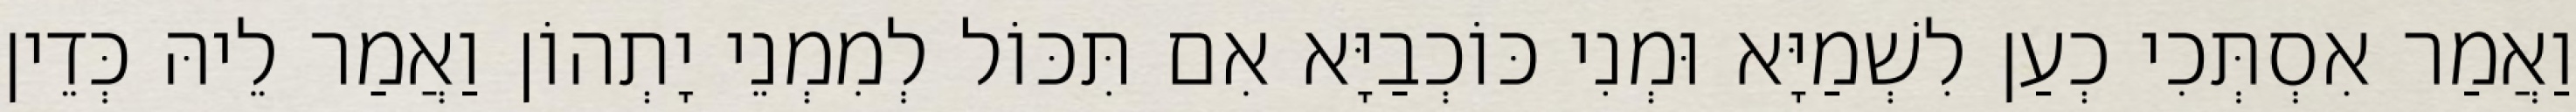
וַאֲמַר אִסְתְּכִי כְעַן לִשְׁמַיָּא וּמְנִי כּוֹכְבַיָּא אִם תִּכּוֹל לְמִמְנֵי יָתְהוֹן וַאֲמַר לֵיהּ כְּדֵין